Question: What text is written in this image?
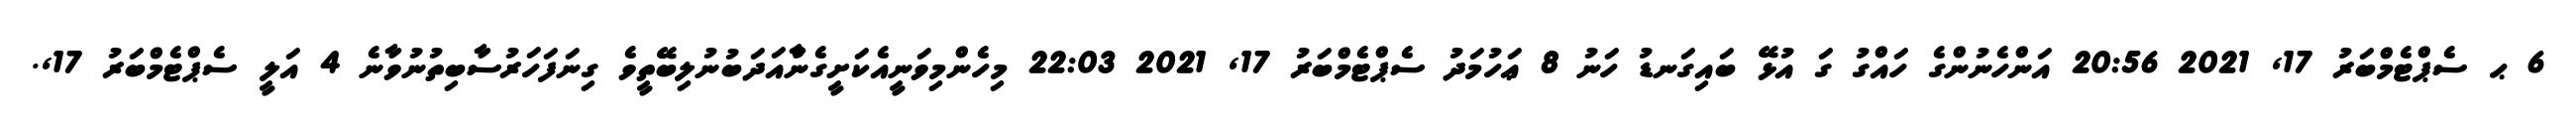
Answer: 6 ޙ ސެޕްޓެމްބަރު 17, 2021 20:56 އަންހެނުންގެ ހައްގު ގަ އުޅޭ ބައިގަނޑު ހަނު 8 ޢަހުމަދު ސެޕްޓެމްބަރު 17, 2021 22:03 މިހެންމިވަނީއެކަށީގެންާއަދަބުނުލިބޭތީވެ ގިނަފަހަރުސާބިތުނުވާނެ 4 އަލީ ސެޕްޓެމްބަރު 17,.